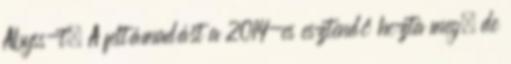
Abyss-t. A feltámadást a 2014-es esztendő hozta meg, de